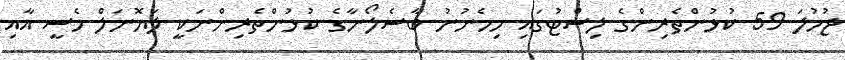
ޖުމުލަ 59 ކުޅުންތެރިންގެ ލިސްޓުގައި ހިމެނުނު ބާސެލޯނާގެ ކުޅުންތެރިންނަކީ ލަޔޮނަލް މެސީ އާއި